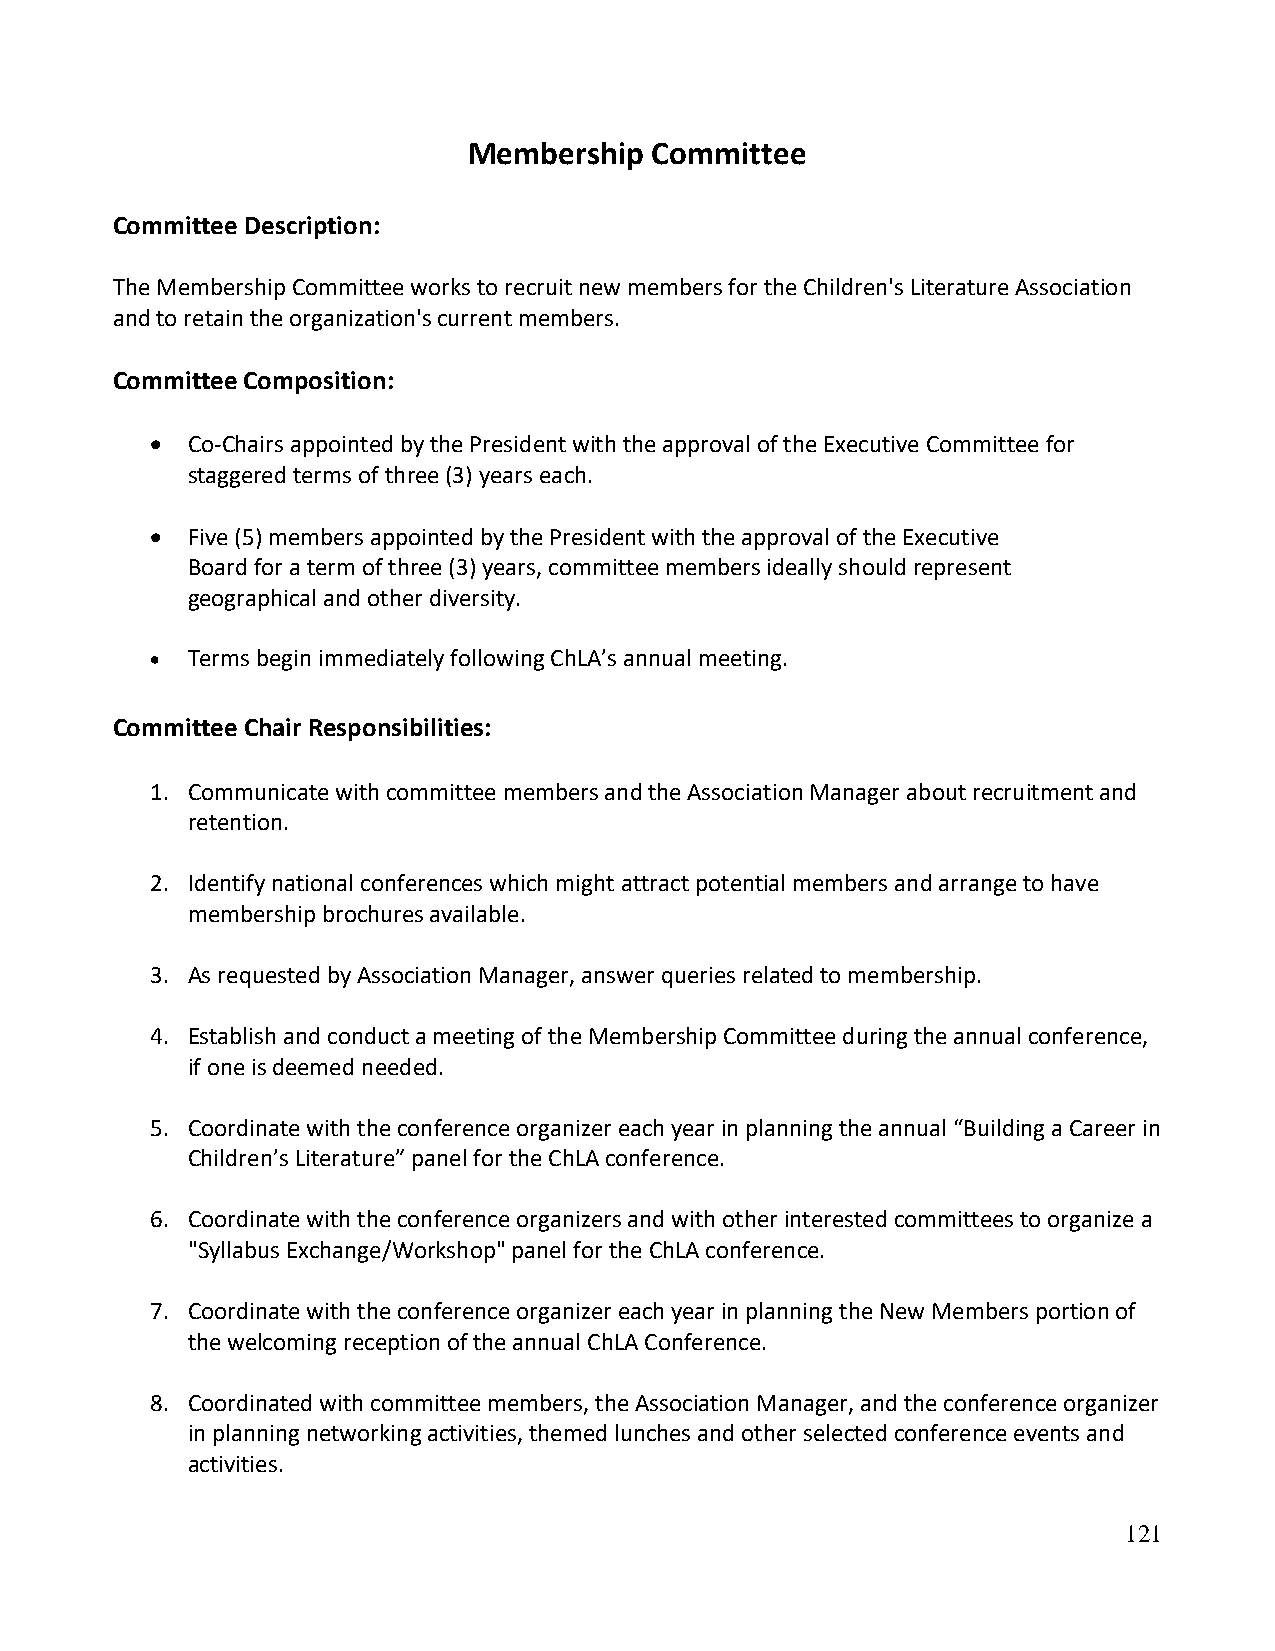
Membership  Committee
 Committee Description:
 The Membership Committee works to recruit new members for the Children's Literature Association
 and to retain the organization's current members.
 Committee Composition:
 • Co-Chairs appointed by the President with the approval of the Executive Committee for
 staggered terms of three (3) years each.
 • Five (5) members appointed by the President with the approval of the Executive
 Board for a term of three (3) years, committee members ideally should represent
 geographical and other diversity.
 • Terms begin immediately following ChLA’s annual meeting.
 Committee Chair Responsibilities:
 1. Communicate with committee members and the Association Manager about recruitment and
 retention.
 2. Identify national conferences which might attract potential members and arrange to have
 membership brochures available.
 3. As requested by Association Manager, answer queries related to membership.
 4. Establish and conduct a meeting of the Membership Committee during the annual conference,
 if one is deemed needed.
 5. Coordinate with the conference organizer each year in planning the annual “Building a Career in
 Children’s Literature” panel for the ChLA conference.
 6. Coordinate with the conference organizers and with other interested committees to organize a
 "Syllabus Exchange/Workshop" panel for the ChLA conference.
 7. Coordinate with the conference organizer each year in planning the New Members portion of
 the welcoming reception of the annual ChLA Conference.
 8. Coordinated with committee members, the Association Manager, and the conference organizer
 in planning networking activities, themed lunches and other selected conference events and
 activities.
 121